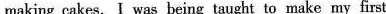
making cakes. I was being taught to make my first